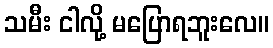
သမီး ငါလို့ မပြောရဘူးလေ။